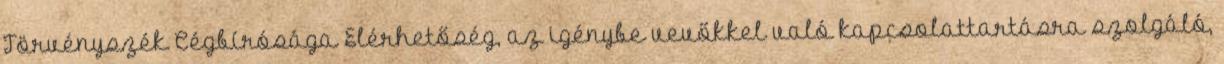
Törvényszék Cégbírósága Elérhetőség, az igénybe vevőkkel való kapcsolattartásra szolgáló,